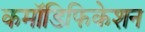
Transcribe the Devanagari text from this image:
कमॉडिफिकेशन